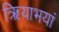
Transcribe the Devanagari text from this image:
ऋियाभयां